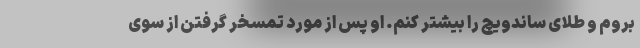
بروم و طلای ساندویچ را بیشتر کنم. او پس از مورد تمسخر گرفتن از سوی